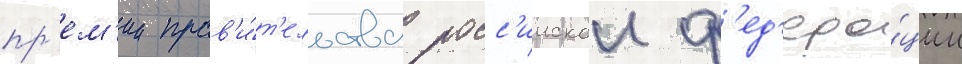
пр'ем'ии прав'и́т'ельства росс'иискои ф'ед'ера́ции